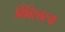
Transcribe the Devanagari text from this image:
बिंबिसारचा